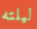
ليلته